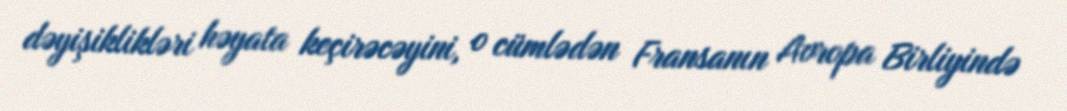
dəyişiklikləri həyata keçirəcəyini, o cümlədən Fransanın Avropa Birliyində